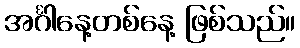
အင်္ဂါနေ့တစ်နေ့ ဖြစ်သည်။